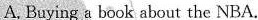
A. Buying a book about the NBA.